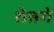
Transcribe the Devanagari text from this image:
शेतगे